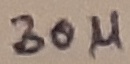
Text: 30µ